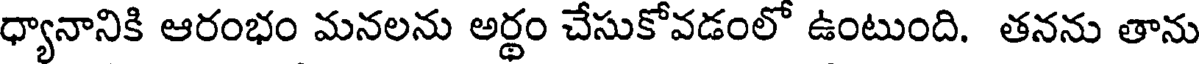
ధ్యానానికి ఆరంభం మనలను అర్థం చేసుకోవడంలో ఉంటుంది. తనను తాను